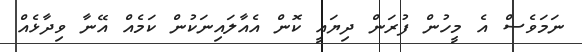
ނަމަވެސް އެ މީހުން ފުރަން ދިޔައީ ކޮން އެއާލައިނަކުން ކަމެއް އޭނާ ވިދާޅެއް